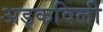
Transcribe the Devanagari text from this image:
अड्कविली